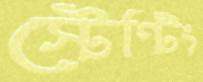
স্টেন্টিং